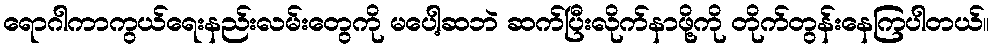
ရောဂါကာကွယ်ရေးနည်းလမ်းတွေကို မပေါ့ဆဘဲ ဆက်ပြီးလိုက်နာဖို့ကို တိုက်တွန်းနေကြပါတယ်။